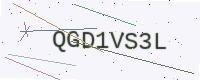
Text: QGD1VS3L